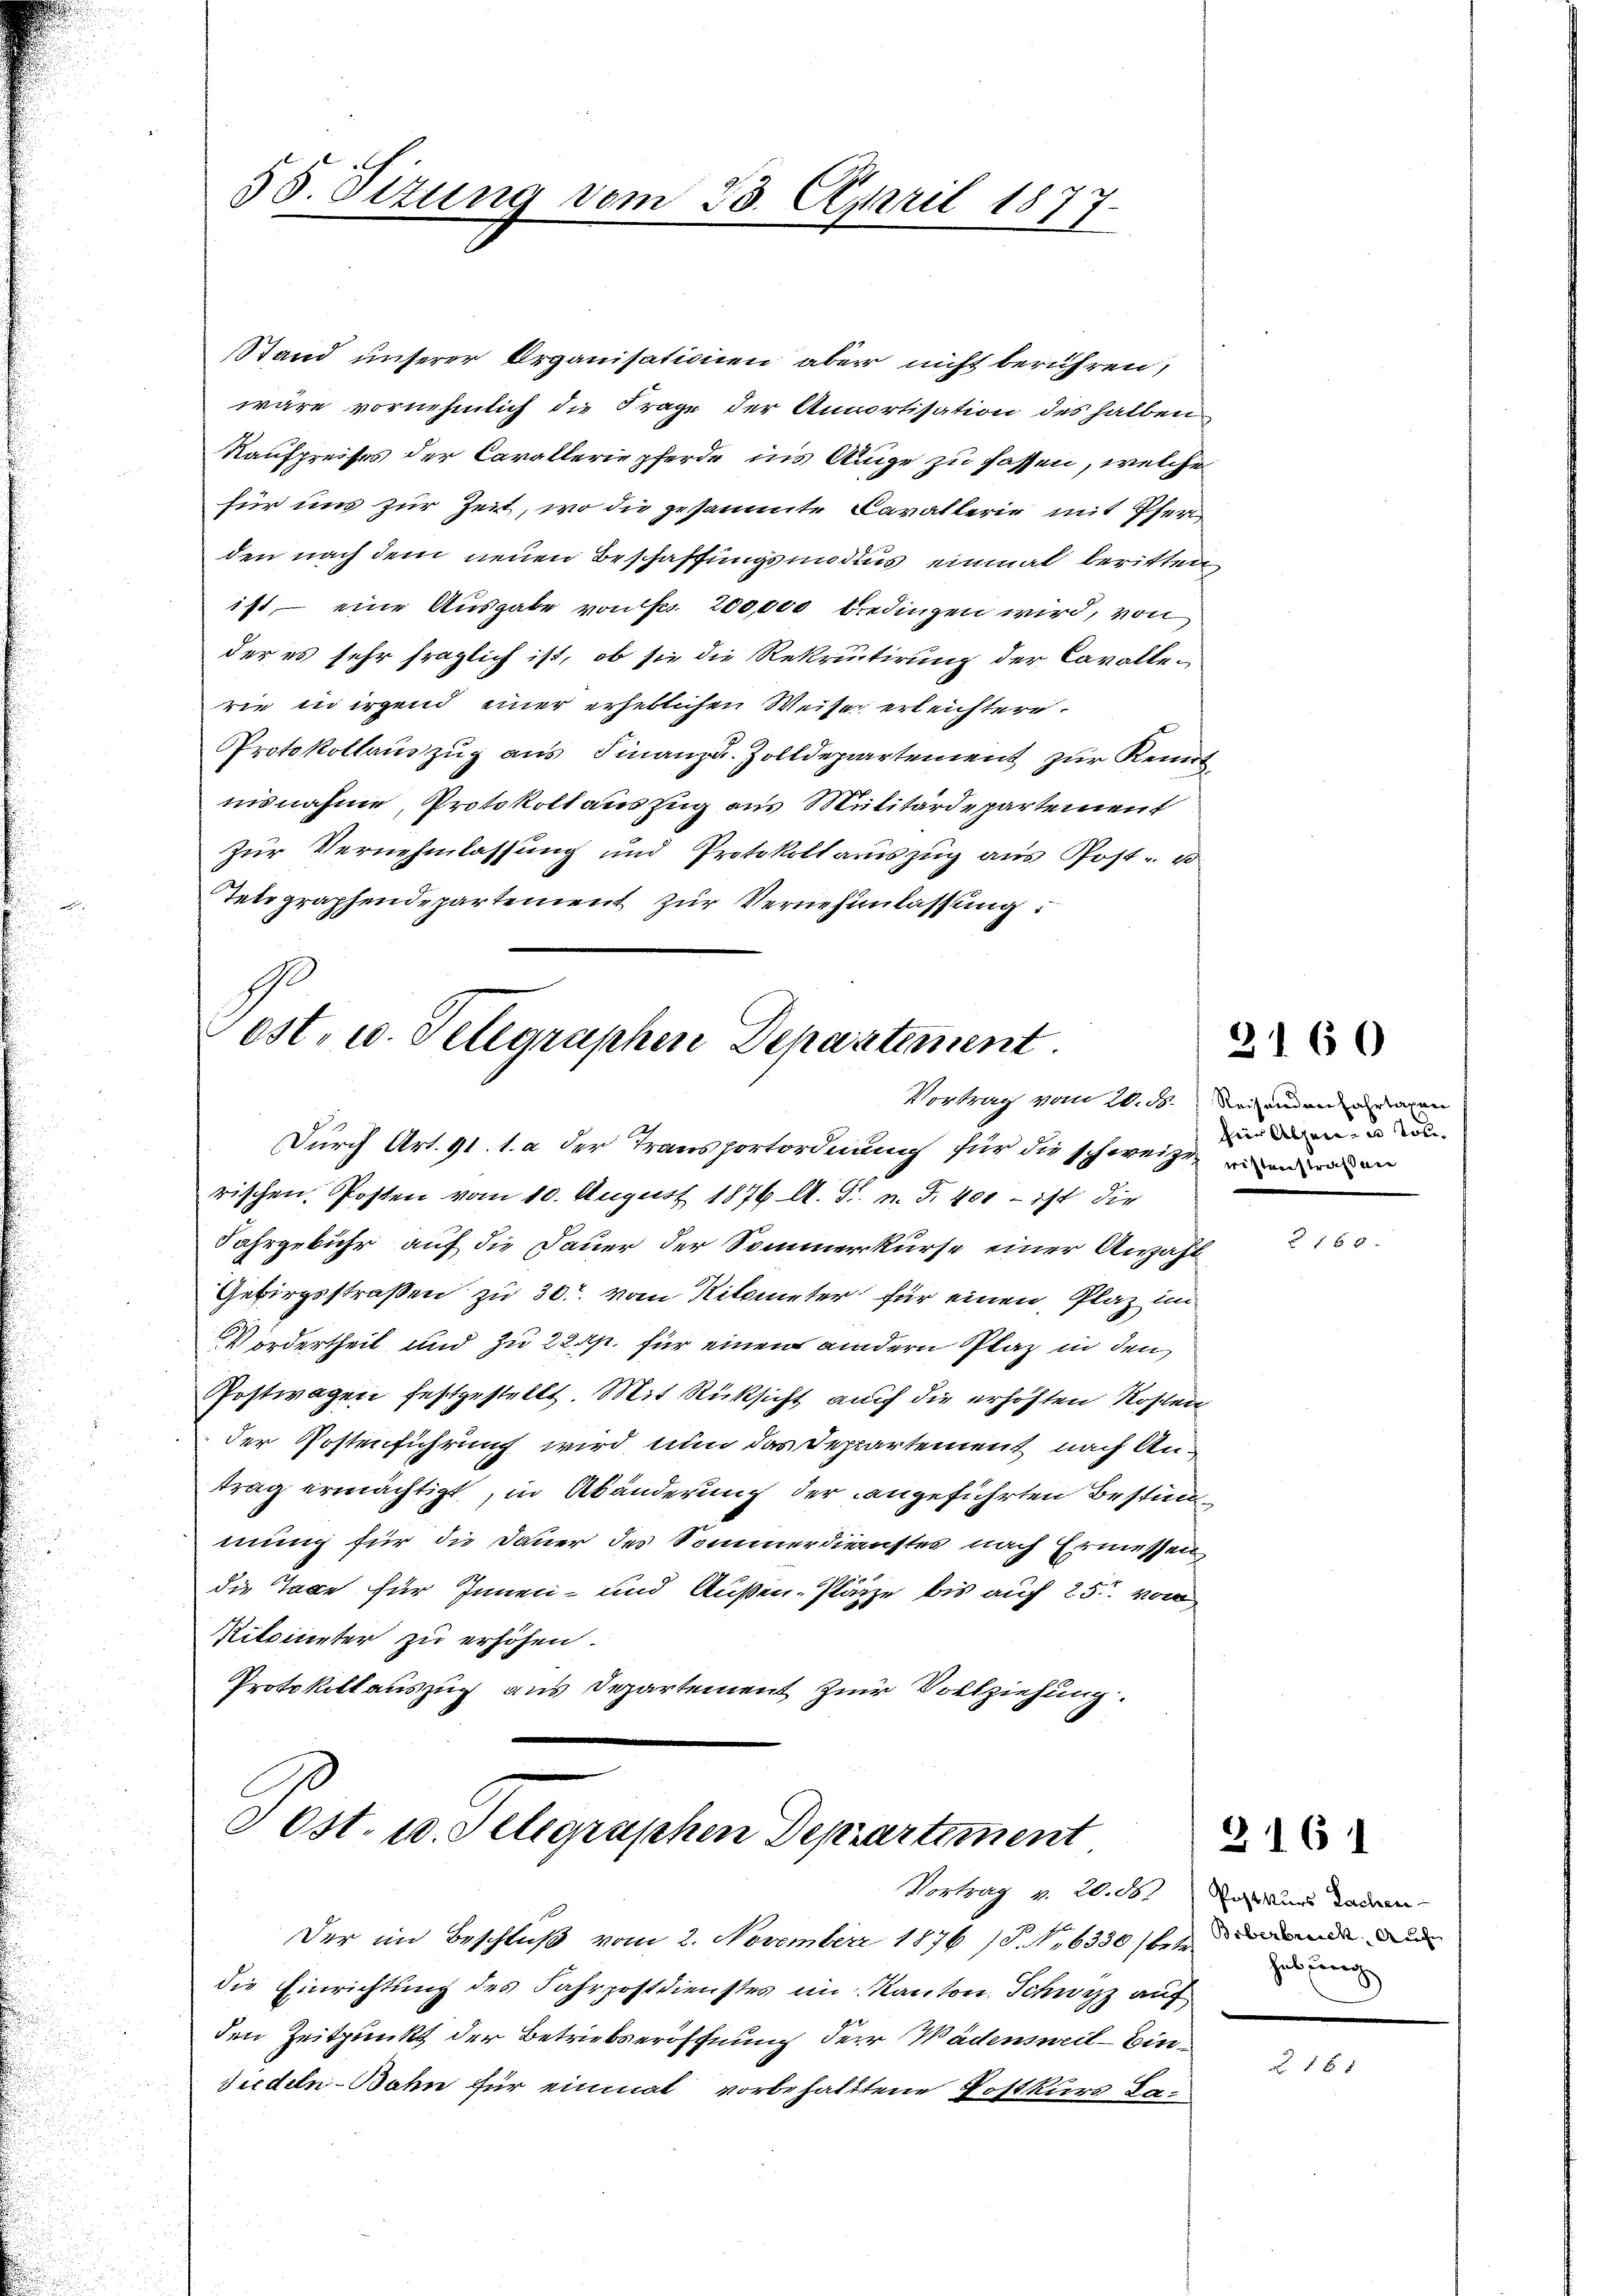
55. Sizung vom 23. April 187
.

Stand unserer Organisationen aber nicht berühren,
wäre vornehmlich die Frage der Annortisation des halben
Kaufpreises der Cavalleriepferde ins Auge zu fassen, welche
für uns zur Zeit, wo die gesammte Cavallerie mit Pferden nach dem neuen Beschaffungsmodius einmal beritten
ist, – eine Ausgabe von Fr. 200,000 bedingen wird, von
der es sehr fraglich ist, ob sie die Rekrutirung der Cavallerie in irgend einer erheblichen Weise erleichtere.
Protokollauszug aus Finanz u. Zolldepartement zur Kennt
nisnahme, Protokollauszug aus Militärdepartement
Zur Vernehmlassung und Protokollauszug aus Post- u
Telegraphendepartement zur Vernehmlassung:

1
ost, u. Telegraphen Departement.

Durch Art. 91. 1. a der Transportordnung für die schweizen einen
rischen Posten vom 10. August 1876 A. S. n. F. 401 - ist die
Jahrgebühr auf die Dauer der Sommerkurse einer Anzahl
Gebirgsstraßen zu 30. vom Kilometer für einen Plaz im
Vordertheil und zu 22 p. für einen andern Plaz in den
Postwagen festgestellt. Mit Rüksicht auch die erhöhten Kosten
der Postenführung wird nun das Departement nach Antrag ermächtigt, in Abänderung der angeführten Bestimm
mung für die Dauer des Sommerdienstes nach Ermessen
die Tage für Innen- und Außen- Plätze bis auch 25. vom
Riteinter zu erhöhen
Protokollauszug aus Departement zur Vollziehung.

Post. 10. Seligraphen Departement
Vortrag v. 20. d. So ward Sachen-

Der im Beschluß vom 2. November 1876 S. 16330 berirende
die Einrichtung des Fahrpostdienstes im Kanton Schwyz auf
den Zeitpunkt der Betriebseröffnung der Wädensweil - Eindudeln-Bahn für einmal vorbehalttene Postkurs La¬

2160

Vortrag vom 20. d. Reisenden verlagen
fin Allen in Tobe

hab einer

2161